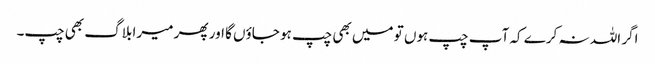
اگر اللہ نہ کرے کہ آپ چپ ہوں تو میں بھی چپ ہو جاؤں گا اور پھر میرا بلاگ بھی چپ۔